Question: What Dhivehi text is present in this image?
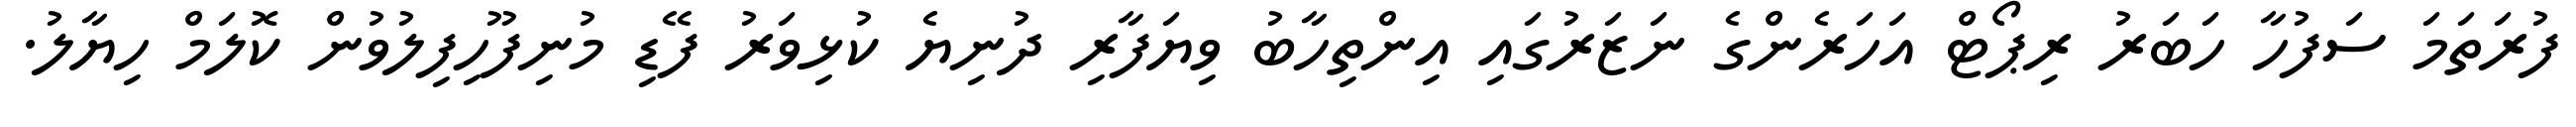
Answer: ފުރަތަމަ ސަފުހާ ހަބަރު ރިޕޯޓް އަހަރެންގެ ނަޒަރުގައި އިންތިހާބު ވިޔަފާރި ދުނިޔެ ކުޅިވަރު ފޭޑި މުނިފޫހިފިލުވުން ކޮލަމް ހިޔާލު.